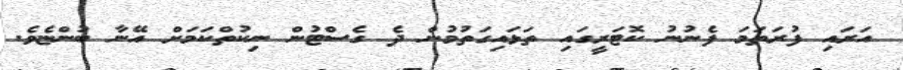
އަރައި ފުރަތަމަ ފެނުނު ކޮޓަރީގައި ތަޅައިގަތުމުން ދެ ގެސްޓުން ނިކުތްކަމަށް އޭނާ ބުންޏެވެ.